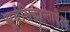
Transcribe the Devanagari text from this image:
सूर्यसिद्धान्तापेक्षा